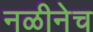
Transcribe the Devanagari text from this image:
नळीनेच